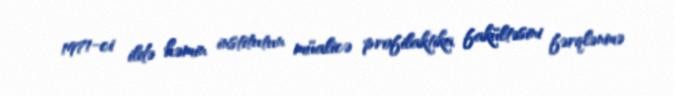
1971-ci ildə həmin institutun müalicə profilaktika fakültəsini fərqlənmə